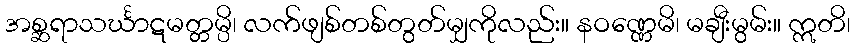
အစ္ဆရာသင်္ဃာဋမတ္တမ္ပိ၊ လက်ဖျစ်တစ်တွတ်မျှကိုလည်း။ နဝဏ္ဏေမိ၊ မချီးမွမ်း။ ဣတိ၊